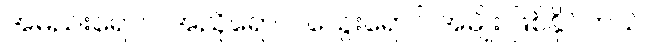
အမည်းရောင်၊ အညိုရောင်၊ သွေးရောင် အမျိုး ဖြစ်နိုင်တယ်။